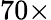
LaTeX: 70\times